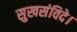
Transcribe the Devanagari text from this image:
सुखसंविदे।